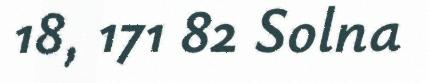
18, 171 82 Solna